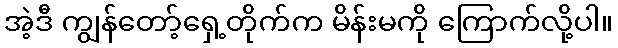
အဲ့ဒီ ကျွန်တော့်ရှေ့တိုက်က မိန်းမကို ကြောက်လို့ပါ။